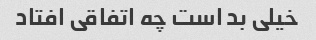
خیلی بد است چه اتفاقی افتاد